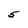
Character: 5